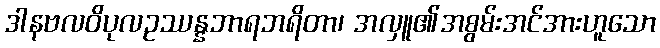
ဒါနဗလဝိပုလဥဿန္နဘာရဘရိတာ၊ အလှူ၏အစွမ်းအင်အားဟူသော